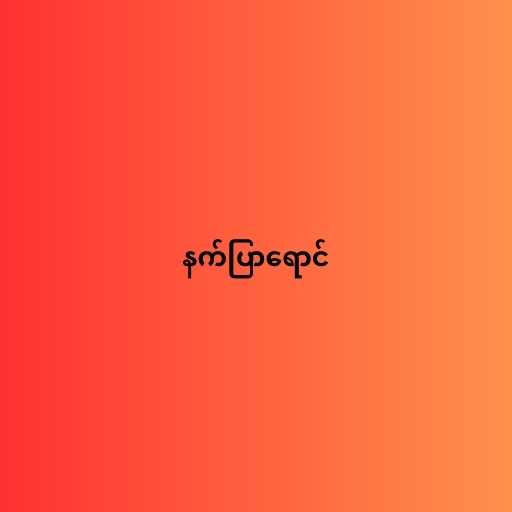
နက်ပြာရောင်